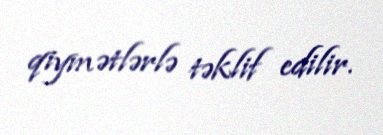
qiymətlərlə təklif edilir.